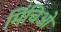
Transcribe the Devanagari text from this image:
मिंचिओ